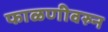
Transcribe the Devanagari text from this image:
फाळणीवरुन